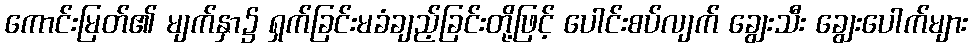
ကောင်းမြတ်၏ မျက်နှာ၌ ရှက်ခြင်းမခံချည့်ခြင်းတို့ဖြင့် ပေါင်းစပ်လျက် ချွေးသီး ချွေးပေါက်များ